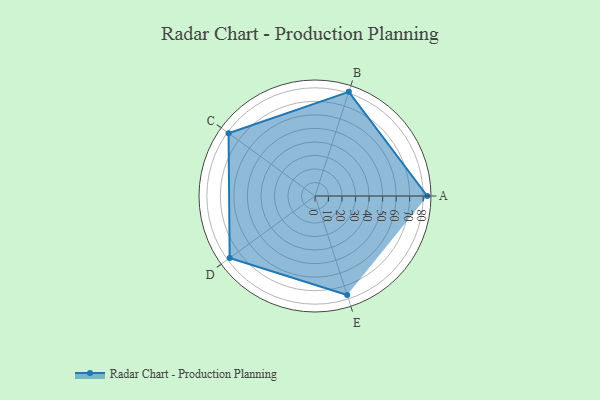
{"axis": {"x": "Skill", "y": "Score"}, "legend": ["Profile"], "data": [{"x": "A", "y": 83.0, "type": "Profile"}, {"x": "B", "y": 81.0, "type": "Profile"}, {"x": "C", "y": 79.0, "type": "Profile"}, {"x": "D", "y": 78.0, "type": "Profile"}, {"x": "E", "y": 77.0, "type": "Profile"}]}